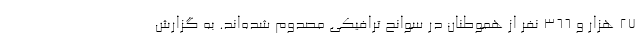
۲۷ هزار و ۳۶۶ نفر از هموطنان در سوانح ترافیکی مصدوم شده‌اند. به گزارش